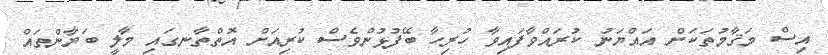
އިސް މަޤާމުތަކަށް އައްޔަނު ކުރައްވާފައިވާ ހުރިހާ ބޭފުޅުންވެސް ކުރިއަށް އޮތްތާނގައި މާލީ ބަޔާންތައް